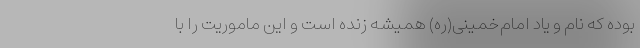
بوده که نام و یاد امام‌خمینی(ره) همیشه زنده است و این ماموریت را با